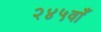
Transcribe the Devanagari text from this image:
२४५वाँ